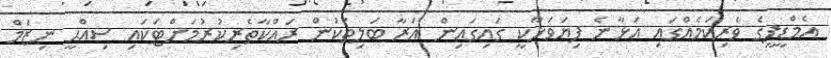
އެމްޑީޕީގެ ވެރިކަމެއްގައި އަޅާނެ ފިޔަވަޅާކީ ގައިގައިން އަރާ ބަލިތަކުން ރައްކާތެރިކުރުމަށްޓަކައި ސިއްޙީ ނިޒަމް